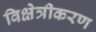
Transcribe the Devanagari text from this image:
विक्षेत्रीकरण